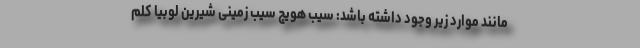
مانند موارد زیر وجود داشته باشد: سیب هویج سیب زمینی شیرین لوبیا کلم